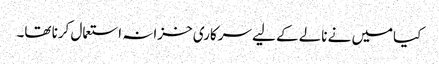
کیامیں نے نالے کے لیے سرکاری خزانہ استعمال کرنا تھا۔